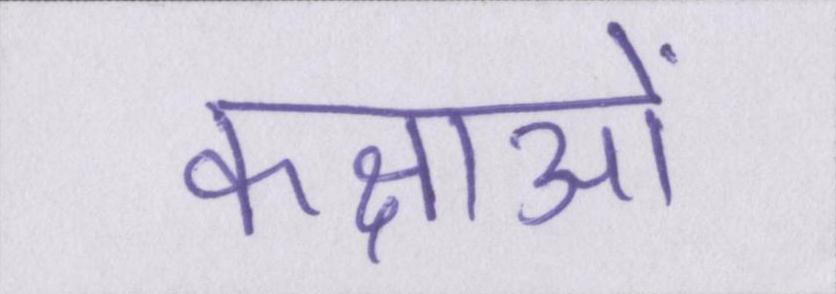
कक्षाओं